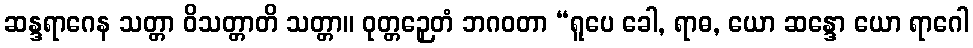
ဆန္ဒရာဂေန သတ္တာ ဝိသတ္တာတိ သတ္တာ။ ဝုတ္တဉှေတံ ဘဂဝတာ “ရူပေ ခေါ, ရာဓ, ယော ဆန္ဒော ယော ရာဂေါ